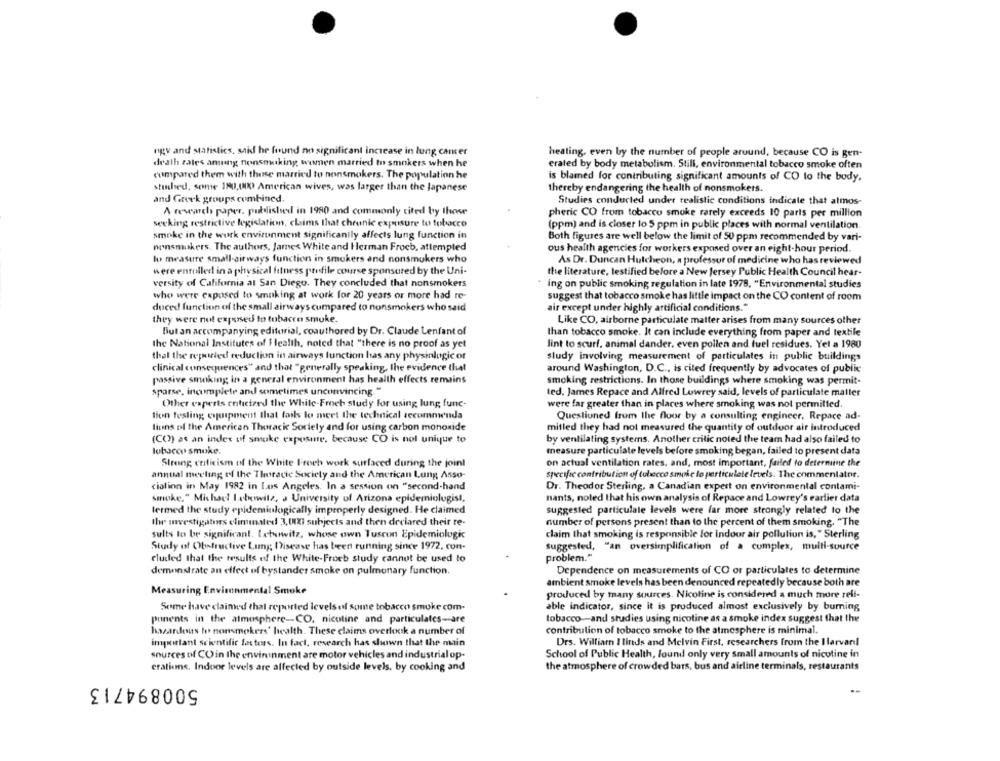
ngy and statistics, said he found no significant increase in lung cancer
heating, even by the number of people around, because CO is gen-
death rates aming nonsmoking women married to smokers when he
erated by body metabolism. Still, environmental tobacco smoke often
compared them with these married to nonsmokers. The population he
is blamed for contributing significant amounts of CO to the body.
studied, somnie 180,000 American wives, was larger than the Japanese
thereby endangering the health of nonsmokers.
and Greek groups combined.
Studies conducted under realistic conditions indicate that atmos-
A research paper, published in 1980 and commonly cited by those
pheric CO from tobacco smoke rarely exceeds 10 parts per million
seeking restrictive legislation, claims that chronic exposure to tobacco
(ppm) and is closer lo 5 ppm in public places with normal ventilation
smoke in the work environment significantly affects lung function in
Both figures are well below the limit of 50 ppm recommended by vari-
nonsmukers. The authors, James White and Herman Frucb, attempted
ous health agencies for workers exposed over an eight-hour period.
lu measure small-airways function in smokers and nonsmokers who
As Dr. Duncan Hulcheon, a professor of medicine who has reviewed
were enrolled in a physical fitness profile course sponsored by the Uni-
the literature, testified before a New Jersey Public Health Council hear-
versity of California al San Diego. They concluded that nonsmokers
ing on public smoking regulation in late 1978, "Environmental studies
who were exposed to smoking at work for 20 years or more had re-
suggest that tobacco smoke has little impact on the CO content of room
duced function of the small airways cumpared to nonsmokers who said
air except under highly artificial conditions."
they were not exposed to tobacco smuke.
Like CO, airborne particulate matter arises from many sources other
But an accompanying editorial, coauthored by Dr. Claude Lenfant of
than tobacco smoke. It can include everything from paper and textile
the National Institutes of 1 lealth, noted that "there is no proof as yet
lint to scurf. animal dander, even pollen and fuel residues. Yet a 1980
that the reported reduction in airways function has any physinlogic or
sludy involving measurement of particulates in public buildings
clinical consequences" and that "generally speaking, the evidence that
around Washington, D.C ., is cited frequently by advocates of public
passive smoking in a general environment has health effects remains
smoking restrictions. In those buildings where smoking was permit-
sparse, incomplete and sometimes unconvincing."
ted. James Repace and Alfred Lowrey said, levels of particulate matter
Other caperts criticized the While-Froeh study for using lung func-
were far greater than in places where smoking was not permitted.
tion testing equipment that fails lo meet the technical recomnw'nda
Questioned from the floor by a consulting engineer, Repace ad-
lions of the American Thorack Sortely and for using carbon monoxide
mitled they had not measured the quantity of outdoor air introduced
(CC) as an index of smoke exposure, because CO is nol unique to
by ventilating systems. Another critic noted the team had also failed to
lobacco smoke.
measure particulate levels before smoking began, failed to present data
Streng criticism of the White Froch work surfaced during the joint
on actual ventilation rates, and, most important, failed to determine the
annual meeting of the Thoracic Society and the American Lung Asso-
specific contribution of tobecce smoke lo particulate levels. The commentator.
ciation in May 1982 in los Angeles. In a session on "second-hand
Dr. Theodor Sterling, a Canadian expert on environmental contami-
smoke." Michael Isbowitz, a University of Arizona epidemiolugist,
nants, noted that his own analysis of Repace and Lowrey's earlier data
lermed the study epideminlogically improperly designed. He claimed
suggested particulate levels were far more strongly related to the
Ihe uwvestigaters eliminated 3,00%) subjects and then declared their re-
number of persons present than to the percent of them smoking. "The
sults to be significant. Lebowitz, whose own Tuscun Epidemiologic
claim that smoking is responsible for indoor air pollution is," Sterling
Study of Obstructive Lung Disease has been running since 1972, con-
suggested, "an oversimplification of a complex, multi-source
cluded that the results of the White-Froeb study cannot be used to
Problem."
demonstrate an effect of bystander smoke on pulmonary function.
Dependence on measurements of CO or particulates to determine
ambient smoke levels has been denounced repeatedly because both are
Measuring Environmental Smoke
produced by many sources. Nicotine is considered a much more reli-
Some have clainwd that reported levels of some tobacco smoke com-
able indicator, since it is produced almost exclusively by burning
ponents in the atmosphere-CO. nicotine and particulates-are
tobacco-and studies using nicotine as a smoke index suggest that the
hazardous te nonsmokers' health. These claims overlook a number of
contribution of tobacco smoke to the atmosphere is minimal.
important scientific factors. In fact, research has shown that the main
Drs. William I linds and Melvin First, researchers from the Ilarvarel
sources of COin the environment are motor vehicles and industrial op.
School of Public Health, found only very small amounts of nicotine in
crations. Indoor levels are affected by outside levels, by cooking and
the atmosphere of crowded bars, bus and airline terminals, restaurants
500894713